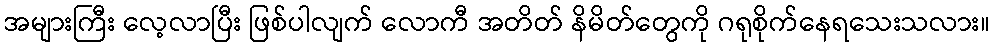
အများကြီး လေ့လာပြီး ဖြစ်ပါလျက် လောကီ အတိတ် နိမိတ်တွေကို ဂရုစိုက်နေရသေးသလား။